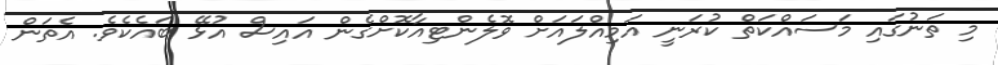
މި ތަނުގައި މަސައްކަތް ކުރަނީ އަމިއްލައަށް ވޮލެންޓިއާކޮށްގެން އައިސް އުޅޭ ބައެކެވެ. އެތަން